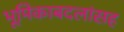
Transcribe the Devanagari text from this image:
भूमिकाबदलांसह